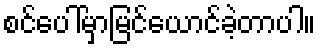
စင်ပေါ်မှာမြင်ယောင်ခဲ့တာပါ။